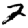
Digit: 2